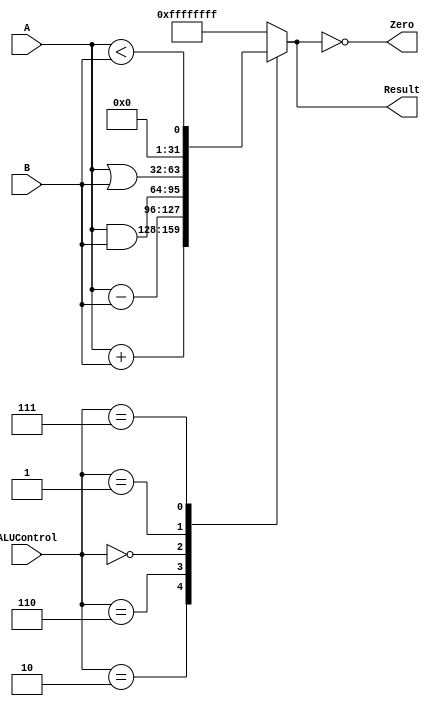
module ALU(Result,Zero,A,B,ALUControl);
    input [31:0]A;
    input [31:0]B;
    input [3:0]ALUControl;
    output [31:0]Result;
    output Zero;
    reg [31:0]Result;
    wire Zero;
    
    always @(A,B,ALUControl) begin
        case(ALUControl)
            4'b0010: Result=A+B;
            4'b0110: Result=A-B;
            4'b0000: Result=A&B;
            4'b0001: Result=A|B;
            4'b0111: Result=A<B;
            default Result=32'b11111111111111111111111111111111;
        endcase
    end
    assign Zero=(Result==0);
endmodule